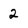
Character: 2